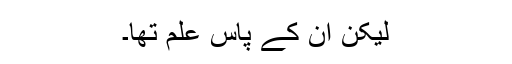
لیکن ان کے پاس علم تھا۔